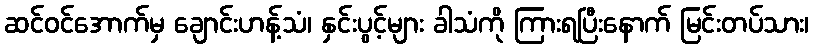
ဆင်ဝင်အောက်မှ ချောင်းဟန့်သံ၊ နှင်းပွင့်များ ခါသံကို ကြားရပြီးနောက် မြင်းတပ်သား၊